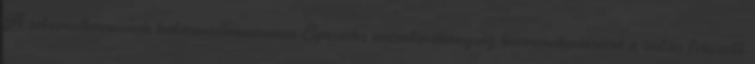
A szteroidhormonok hatásmechanizmusa Speciális enzimtevékenység közreműködésével a hatás fokozott